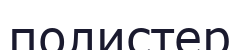
полистер